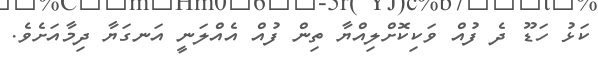
ކަޅު ހަޑޫ ދެ ފުއް ވަކިކޮށްލިއްޔާ ތިން ފުއް އެއްލަނީ އަނގަޔާ ދިމާއަށެވެ.